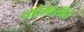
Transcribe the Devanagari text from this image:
व्योमातीतं